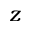
z